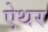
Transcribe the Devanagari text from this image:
ऐथर